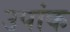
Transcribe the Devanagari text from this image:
उपांक